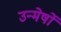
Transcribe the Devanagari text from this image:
उन्मेर्षों